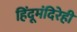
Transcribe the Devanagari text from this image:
हिंदूमंदिरेही